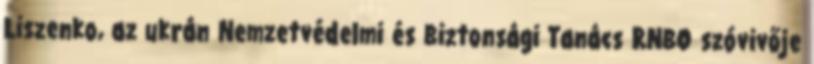
Liszenko, az ukrán Nemzetvédelmi és Biztonsági Tanács RNBO szóvivője